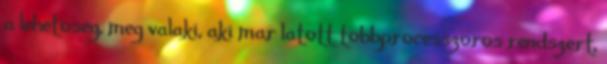
a lehetoseg, meg valaki, aki mar latott tobbprocesszoros rendszert,